Indian journal of veterinary science and animal husbandry - Volume 13,
Year: 1943
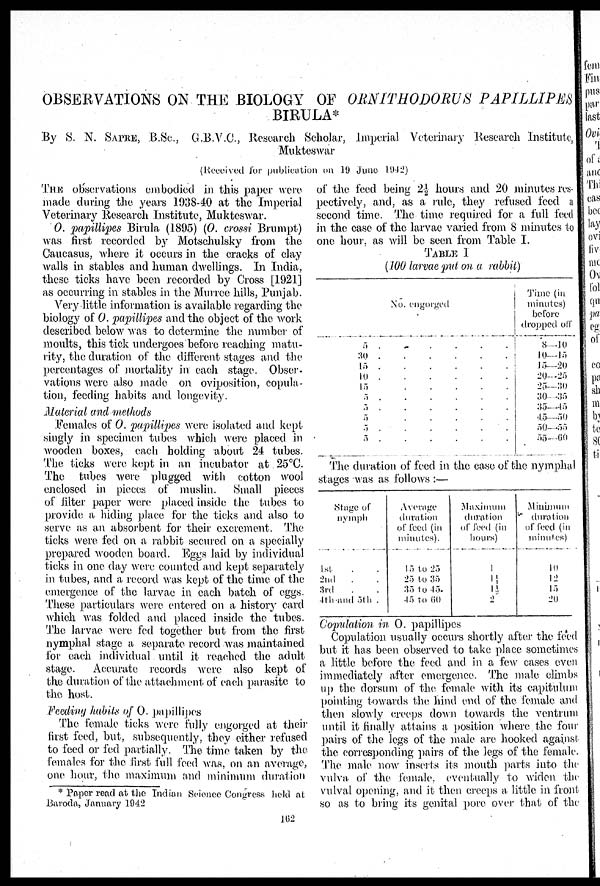
OBSERVATIONS ON THE BIOLOGY OF ORNITHODORUS PAPILLIPES
BIRULA*
By S. N. SAPRE, B.Sc.,
G.B.V.C., Research Scholar, Imperial Veterinary Research Institute,
Mukteswar
(Received for publication on 19 June 1942)
THE observations embodied in this paper were-
made during the years 1938-40 at the Imperial
Veterinary Research Institute, Mukteswar.
O. papillipes Birula (1895) (O. crossi Brumpt)
was first recorded by Motschulsky from the
Caucasus, where it occurs in the cracks of clay
walls in stables and human dwellings. In India,
these ticks have been recorded by Cross [1921]
as occurring in stables in the Murree hills, Punjab.
Very little information is available regarding the
biology of O. papillipes and the object of the work
described below was to determine the number of
moults, this tick undergoes before reaching matu-
rity, the duration of the different stages and the
percentages of mortality in each stage. Obser-
vations were also made on oviposition, copula-
tion, feeding habits and longevity.
Material and methods
Females of O. papillipes were isolated and kept
singly in specimen tubes which were placed in
wooden boxes, each holding about 24 tubes.
The ticks were kept in an incubator at 25°C.
The tubes were plugged with cotton wool
enclosed in pieces of muslin.
Small pieces
of filter paper were placed inside the tubes to
provide a hiding place for the ticks and also to
serve as an absorbent for their excrement. The
ticks were fed on a rabbit secured on a specially
prepared wooden board. Eggs laid by individual
ticks in one day were counted and kept separately
in tubes, and a record was kept of the time of the
emergence of the larvae in each batch of eggs.
These particulars were entered on a history card
which was folded and placed inside the tubes.
The larvae were fed together but from the first
nymphal stage a separate record was maintained
for each individual until it reached the adult
stage.
Accurate records were also kept of
the duration of the attachment of each parasite to
the host.
Feeding habits of O. papillipes
The female ticks were fully engorged at their
first feed, but, subsequently, they either refused
to feed or fed partially. The time taken by the
females for the first full feed was, on an average,
one hour, the maximum and minimum duration
of the feed being 2½ hours and 20 minutes res-
pectively, and, as a rule, they refused feed a
second time. The time required for a full feed
in the case of the larvae varied from 8 minutes to
one hour, as will be seen from Table I.
TABLE I
(100 larvae put on a rabbit)
No. engorged
5 . . . . . .
30 . . . . . .
15 . . . . . .
10 . . . . . .
15 . . . . . .
5 . . . . . .
5 . . . . . .
5 . . . . . .
5 . . . . . .
5 . . . . . .
Time (in
minutes)
before
dropped off
8-10
10-15
15-20
20-25
25-30
30-35
35-45
45-50
50-55
55-60
The duration of feed in the case of the nymphal
stages was as follows :—
Stage of
nymph
1st . .
2nd . .
3rd . .
4th and 5th .
Average
duration
of feed (in
minutes).
15 to 25
25 to 35
35 to 45
45 to 60
Maximum
duration
of feed (in
hours)
1
1 1/4
1½
2
Minimum
duration
of feed (in
minutes)
10
12
15
20
Copulation in O. papillipes
Copulation usually occurs shortly after the feed
but it has been observed to take place sometimes
a little before the feed and in a few cases even
immediately after emergence. The male climbs
up the dorsum of the female with its capitalum
pointing towards the hind end of the female and
then slowly creeps down towards the ventrum
until it finally attains a position where the four
pairs of the legs of the male are hooked against
the corresponding pairs of the legs of the female.
The male now inserts its mouth parts into the
vulva of the female, eventually to widen the
vulval opening, and it then creeps a little in front
so as to bring its genital pore over that of the
* Paper read at the Indian Science Congress held at
Baroda, January 1942
162